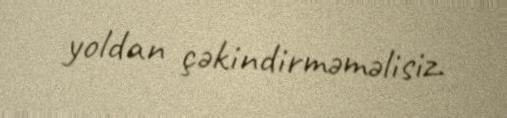
yoldan çəkindirməməlisiz.